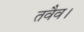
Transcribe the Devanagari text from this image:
तवैव।